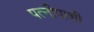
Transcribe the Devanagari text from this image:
पत्नीपाशी